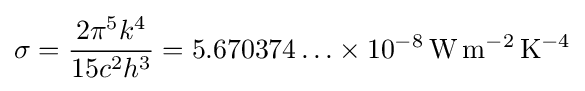
\sigma ={\frac {2\pi ^{5}k^{4}}{15c^{2}h^{3}}}=5.670374\ldots \times 10^{-8}\,\mathrm {W\,m^{-2}\,K^{-4}}